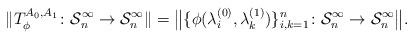
LaTeX: \begin{align*}\Vert T_\phi^{A_0,A_1}\colon \mathcal S^\infty_n \to \mathcal S^\infty_n\Vert = \bigl\Vert\{\phi(\lambda_i^{(0)},\lambda_k^{(1)})\}_{i,k=1}^n\colon \mathcal S^\infty_n \to \mathcal S^\infty_n\bigr\Vert.\end{align*}